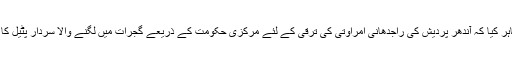
جے دیو گلہ نےاس بات پر دکھ ظاہر کیا کہ آندھر پردیش کی راجدھانی امراوتی کی ترقی کے لئے مرکزی حکومت کے ذریعے گجرات میں لگنے والا سردار پٹیل کا مجسمہ سے بھی کم فنڈ دئے گئے۔